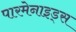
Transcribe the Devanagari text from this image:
पारमेनाइड्स